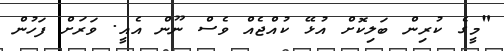
"މީގެ ކުރިން ބަލިކޮށް އުޅޭ ކުއްޖެއް ވެސް ނޫން އެއީ. ވަރަށް ފަހުން